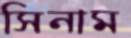
সিনাম